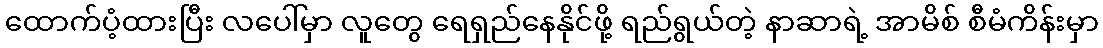
ထောက်ပံ့ထားပြီး လပေါ်မှာ လူတွေ ရေရှည်နေနိုင်ဖို့ ရည်ရွယ်တဲ့ နာဆာရဲ့ အာမိစ် စီမံကိန်းမှာ